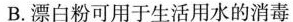
B.漂白粉可用于生活用水的消毒